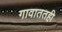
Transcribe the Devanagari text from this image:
गावाततही